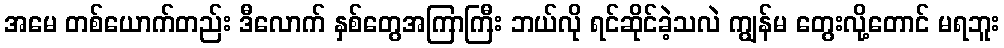
အမေ တစ်ယောက်တည်း ဒီလောက် နှစ်တွေအကြာကြီး ဘယ်လို ရင်ဆိုင်ခဲ့သလဲ ကျွန်မ တွေးလို့တောင် မရဘူး